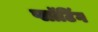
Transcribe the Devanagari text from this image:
प्लॉटिंग